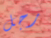
رجل